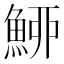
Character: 䱖